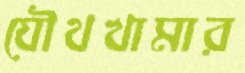
যৌথখামার